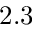
2 . 3